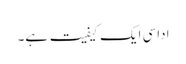
اداسی ایک کیفیت ہے۔